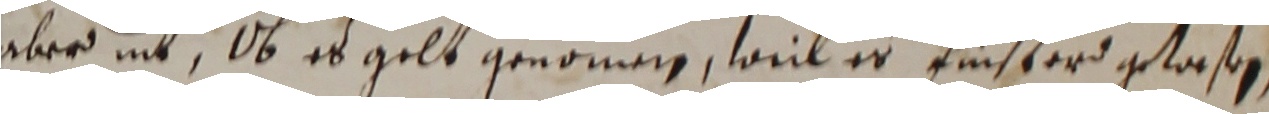
aber nit, ob es gelt genommen, weil er finsterd getaßen,